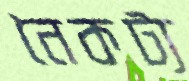
নৈকট্য